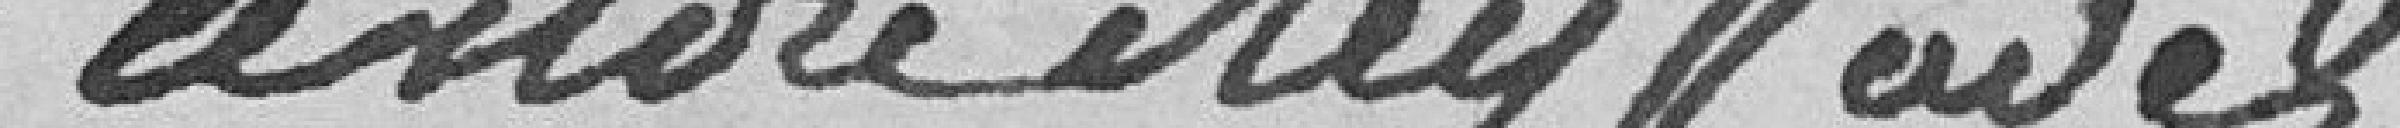
André Reÿzade